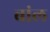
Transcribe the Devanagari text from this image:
बांल